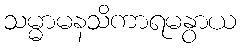
သမ္မာမနသိကာရမနွာယ